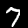
Digit: 7